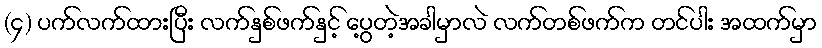
(၄) ပက်လက်ထားပြီး လက်နှစ်ဖက်နှင့် ပွေ့တဲ့အခါမှာလဲ လက်တစ်ဖက်က တင်ပါး အထက်မှာ